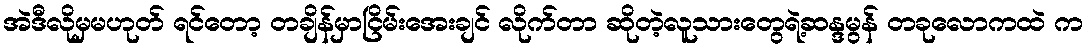
အဲဒီလိုမှမဟုတ် ရင်တော့ တချိန်မှာငြိမ်းအေးချင် လိုက်တာ ဆိုတဲ့လူသားတွေရဲ့ဆန္ဒမွန် တခုလောကထဲ က